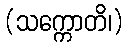
(သက္ကောတိ၊)